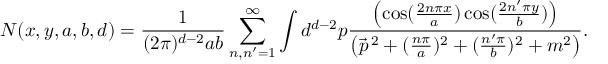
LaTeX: N ( x , y , a , b , d ) = \frac { 1 } { ( 2 \pi ) ^ { d - 2 } a b } \sum _ { n , n ^ { \prime } = 1 } ^ { \infty } \int d ^ { d - 2 } p \frac { \left( \cos ( \frac { 2 n \pi x } { a } ) \cos ( \frac { 2 n ^ { \prime } \pi y } { b } ) \right) } { \left( \vec { p } ^ { \, 2 } + ( \frac { n \pi } { a } ) ^ { 2 } + ( \frac { n ^ { \prime } \pi } { b } ) ^ { 2 } + m ^ { 2 } \right) } .